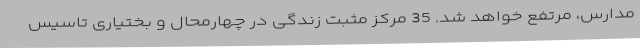
مدارس، مرتفع خواهد شد. 35 مرکز مثبت زندگی در چهارمحال و بختیاری تاسیس